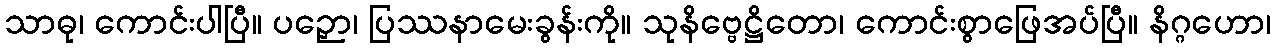
သာဓု၊ ကောင်းပါပြီ။ ပဉှော၊ ပြဿနာမေးခွန်းကို။ သုနိဗ္ဗေဋ္ဌိတော၊ ကောင်းစွာဖြေအပ်ပြီ။ နိဂ္ဂဟော၊